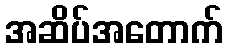
အဆိပ်အတောက်